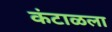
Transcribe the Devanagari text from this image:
कंटाळला